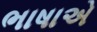
ભાષાએ